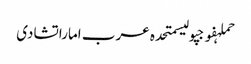
حملہفوجپولیسمتحدہ عرب اماراتشادی